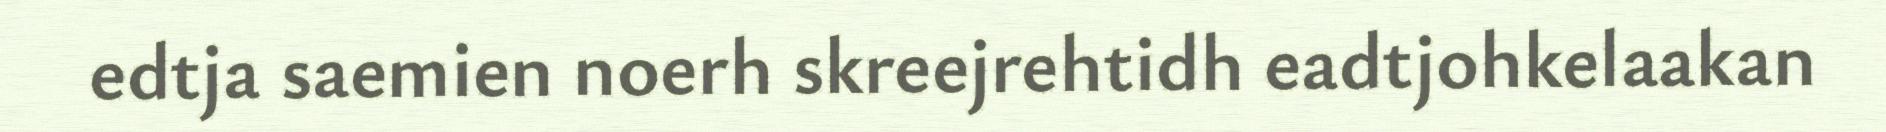
edtja saemien noerh skreejrehtidh eadtjohkelaakan